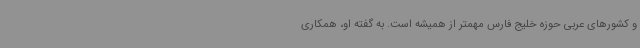
و کشورهای عربی حوزه خلیج فارس مهمتر از همیشه است. به گفته او، همکاری